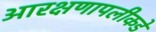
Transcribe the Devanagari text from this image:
आरक्षणापलीकडे